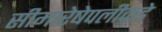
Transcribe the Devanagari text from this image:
सीमारेषेपलीकडे